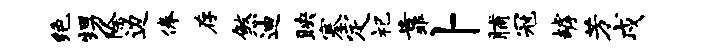
绝甥除边俸存煞迪映塞定祀靠卜脯冠罅芳戍